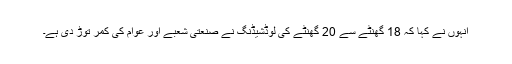
انہوں نے کہا کہ 18 گھنٹے سے 20 گھنٹے کی لوڈشیڈنگ نے صنعتی شعبے اور عوام کی کمر توڑ دی ہے۔